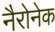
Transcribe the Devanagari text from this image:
नैरोनेक